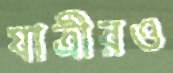
যাত্রীরও